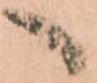
へ